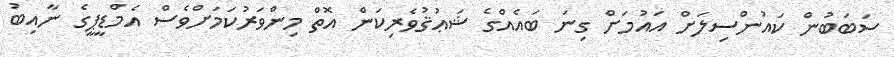
ސަބަބުން ކައުންސިލަށް އައުމަށް ގިނަ ބައެއްގެ ޝަޢުޤުވެރިކަން އޮތް މިންވަރުކަމަށްވެސް އެމްޑީޕީގެ ނާއިބު